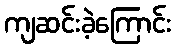
ကျဆင်းခဲ့ကြောင်း